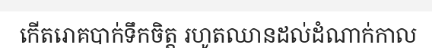
កើតរោគបាក់ទឹកចិត្ត រហូតឈានដល់ដំណាក់កាល